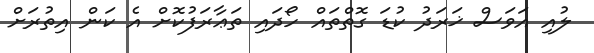
ލުއި އަވަސް ޚަރަދު ކުޑަ ގޮތްތައް ހޯދައި ތަޢާރަފުކޮށް އެ ކަން އިތުރަށް